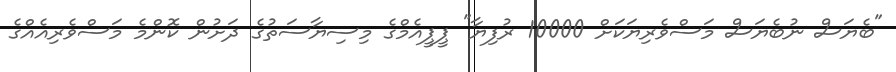
"ބެޔަސް ނުބެޔަސް މަސްވެރިޔަކަށް 10000 ރުފިޔާ" ޕީޕީއެމްގެ މިސިޔާސަތުގެ ދަށުން ކޮންމެ މަސްވެރިއެއްގެ